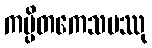
ကပ္ပိတကေသမဿု